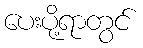
ပေးပို့ရာတွင်